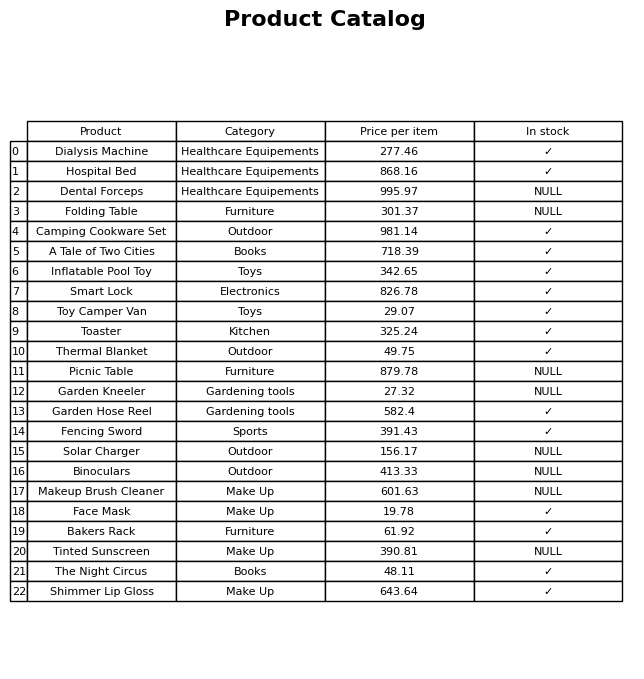
question: What is the stock status of the Toy Camper Van?
answer: ✓